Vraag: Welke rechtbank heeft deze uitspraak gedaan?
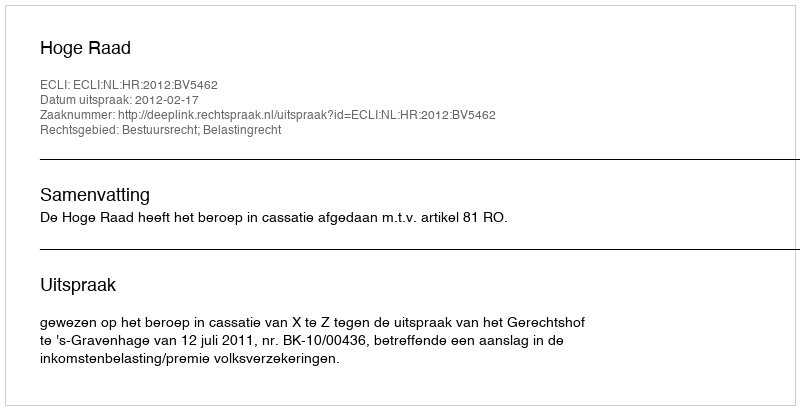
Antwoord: Hoge Raad